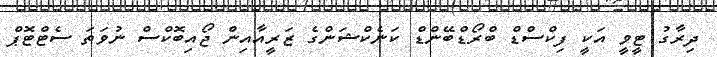
ދިރާގު ޓީވީ އަކީ ފިކްސްޑް ބްރޯޑްބޭންޑް ކަނެކްޝަންގެ ޒަރީއާއިން ޖޯއިބޮކްސް ނުވަތަ ސެޓްޓޮޕް